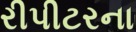
રીપીટરના